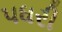
પધરી